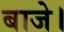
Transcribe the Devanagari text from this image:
बाजे।